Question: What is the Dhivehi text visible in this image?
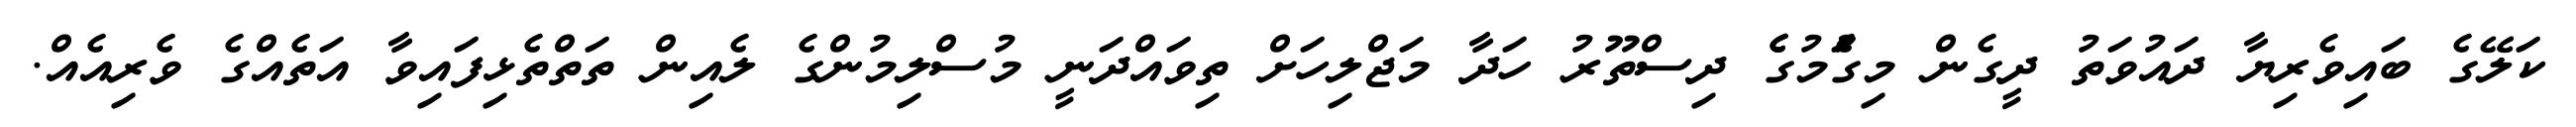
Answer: ކަލޭގެ ބައިވެރިޔާ ދައުވަތު ދީގެން މިގަެުމުގެެ ދިސްތޫރު ހަދާ މަޖްލިހަށް ތިވައްދަނީ މުސްލިމުންގެ ލެއިން ތަތްތެޅިފައިވާ އަތެއްގެ ވެރިއެއް.